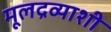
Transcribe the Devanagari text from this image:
मूलद्रव्याशी